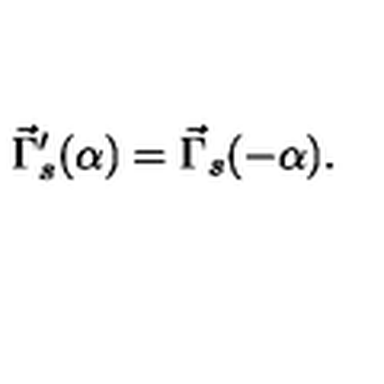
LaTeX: \vec { \Gamma } _ { s } ^ { \prime } ( \alpha ) = \vec { \Gamma } _ { s } ( - \alpha ) .